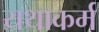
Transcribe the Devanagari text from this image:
यथाकर्म